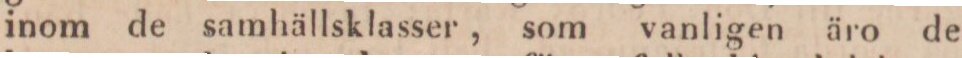
inom de samhällsklasser, som vanligen äro de